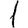
Digit: 1